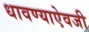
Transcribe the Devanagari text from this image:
धावण्याऐवजी